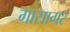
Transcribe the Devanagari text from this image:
गासागर